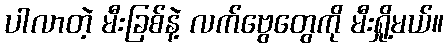
ပါလာတဲ့ မီးခြစ်နဲ့ လက်ဗွေတွေကို မီးရှို့မယ်။